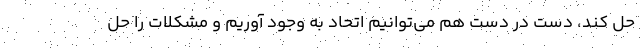
حل کند، دست در دست هم می‌توانیم اتحاد به وجود آوریم و مشکلات را حل